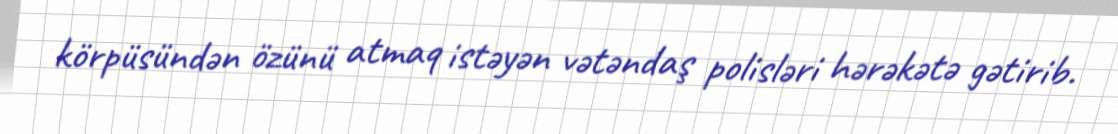
körpüsündən özünü atmaq istəyən vətəndaş polisləri hərəkətə gətirib.